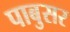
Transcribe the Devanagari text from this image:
पाबुसर